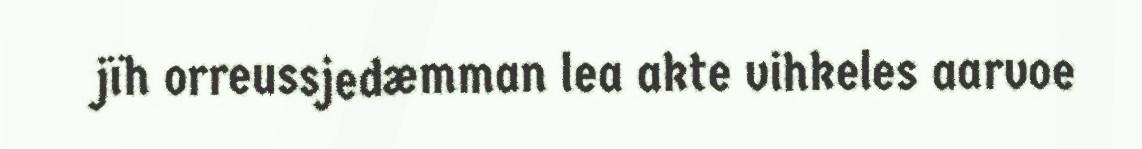
jïh orreussjedæmman lea akte vihkeles aarvoe